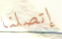
إتصلنا